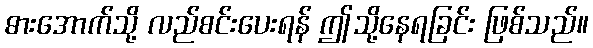
ဓားအောက်သို့ လည်စင်းပေးရန် ဤသို့နေရခြင်း ဖြစ်သည်။